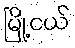
မြို့ငယ်